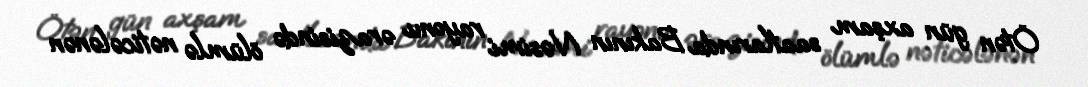
Ötən gün axşam saatlarında Bakının Nəsimi rayonu ərazisində ölümlə nəticələnən